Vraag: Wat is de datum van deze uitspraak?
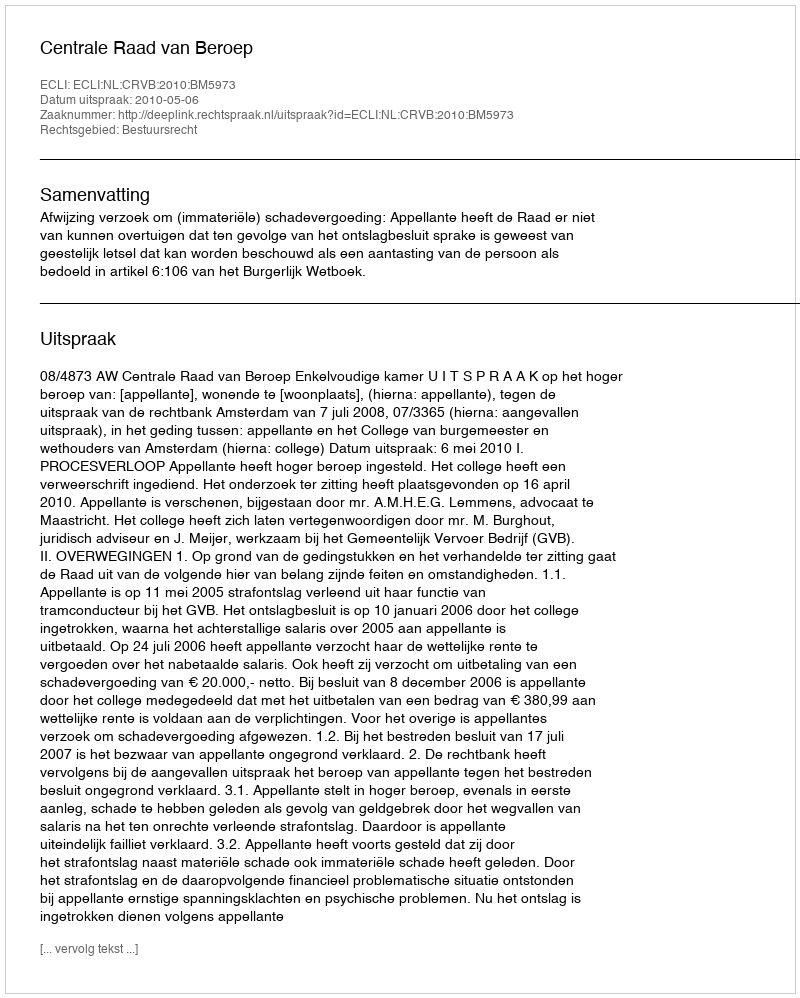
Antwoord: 2010-05-06